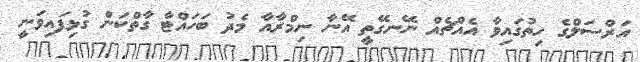
އަރްސަލްގެ ހިތުގައިވާ އެއްޗެއް ނޭނގޭތީ އޭނާ ނިމްރާއާ މެދު ބަހައްޓާ ގާތްކަން ގުޅިފައިވަނީ